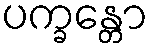
ပက္ခန္တော